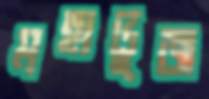
মহাভুজ